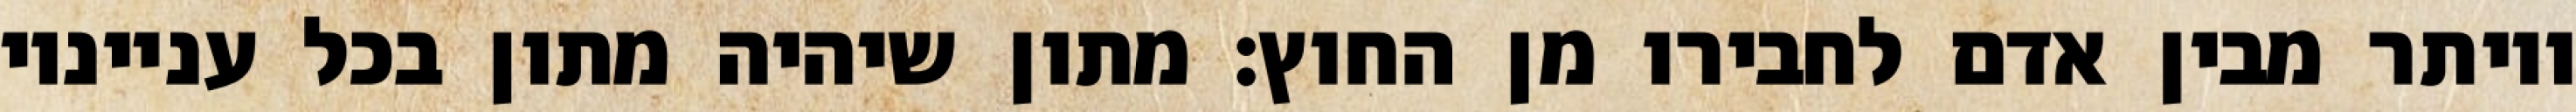
ויותר מבין אדם לחבירו מן החוץ: מתון שיהיה מתון בכל ענייניו